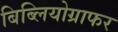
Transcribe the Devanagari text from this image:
बिब्लियोग्राफर